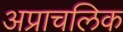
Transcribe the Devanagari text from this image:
अप्राचलिक